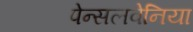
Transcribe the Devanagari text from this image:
पेन्सलवेनिया